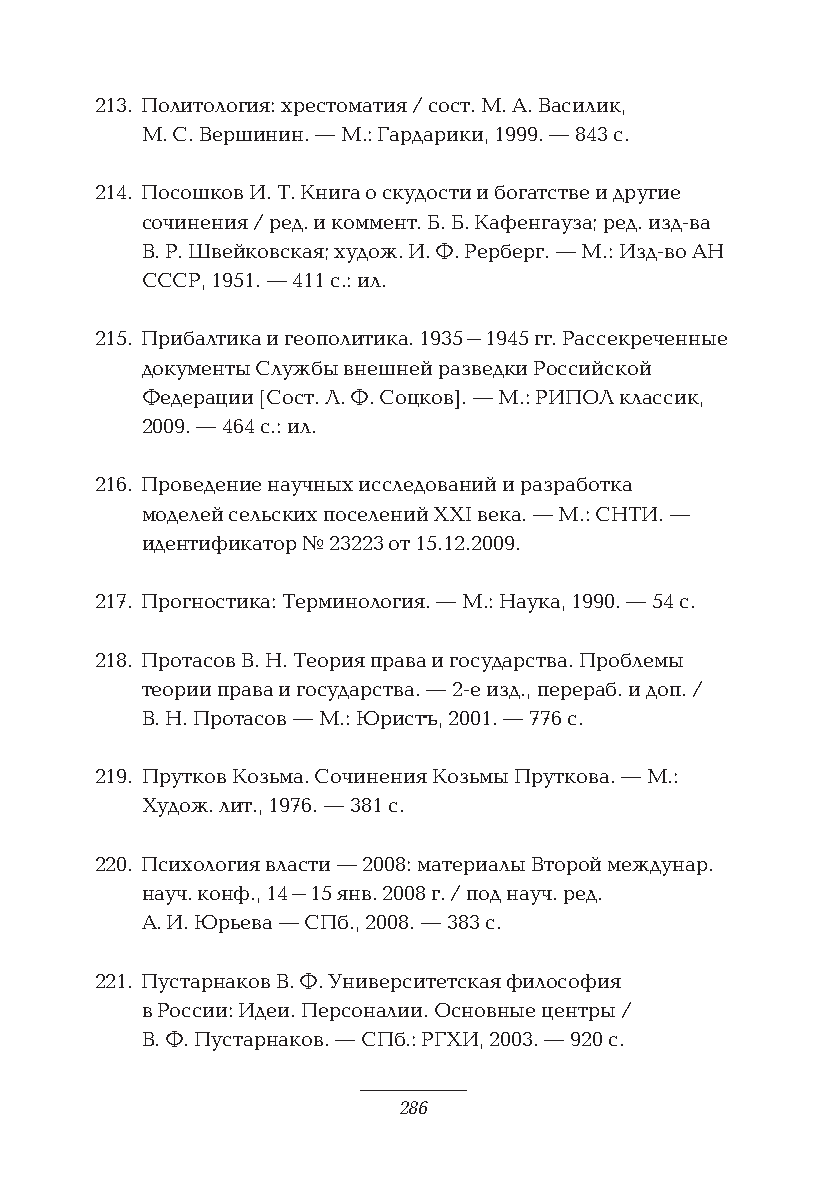
213. Политология: хрестоматия / сост. М. А. Василик,
 М. С. Вершинин. — М.: Гардарики, 1999. — 843 с.
 214. Посошков И. Т. Книга о скудости и богатстве и другие
 сочинения / ред. и коммент. Б. Б. Кафенгауза; ред. изд-ва
 В. Р. Швейковская; худож. И. Ф. Рерберг. — М.: Изд-во АН
 СССР, 1951. — 411 с.: ил.
 215. Прибалтика и геополитика. 1935–1945 гг. Рассекреченные
 документы Службы внешней разведки Российской
 Федерации [Сост. Л. Ф. Соцков]. — М.: РИПОЛ классик,
 2009. — 464 с.: ил.
 216. Проведение научных исследований и разработка
 моделей сельских поселений XXI века. — М.: СНТИ. —
 идентификатор № 23223 от 15.12.2009.
 217. Прогностика: Терминология. — М.: Наука, 1990. — 54 с.
 218. Протасов В. Н. Теория права и государства. Проблемы
 теории права и государства. — 2-е изд., перераб. и доп. /
 В. Н. Прот асов — М.: Юристъ, 2001. — 776 с.
 219. Прутков Козьма. Сочинения Козьмы Пруткова. — М.:
 Худож. лит., 1976. — 381 с.
 220. Психология власти — 2008: материалы Второй междунар.
 науч. конф., 14–15 янв. 2008 г. / под науч. ред.
 А. И. Юрьева — СПб., 2008. — 383 с.
 221. Пустарнаков В. Ф. Университетская философия
 в России: Идеи. Персоналии. Основные центры /
 В. Ф. Пустарнаков. — СПб.: РГХИ, 2003. — 920 с.
 286